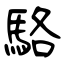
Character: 駱